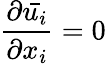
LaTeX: {\frac{\partial{\bar{u_{i}}}}{\partial x_{i}}}=0